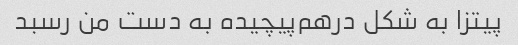
پیتزا به شکل درهم‌پیچیده به دست من رسبد